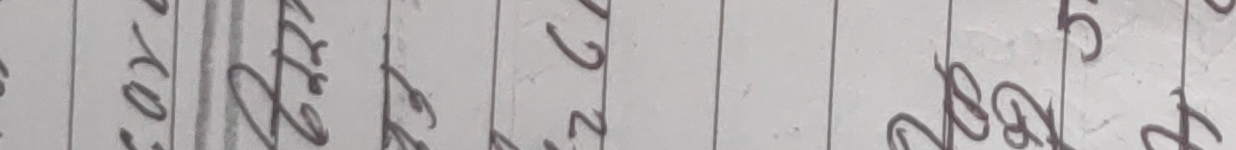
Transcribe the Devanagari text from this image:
२०००००००